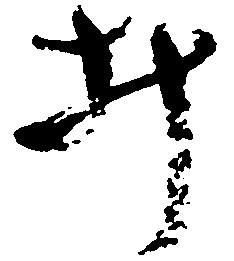
み